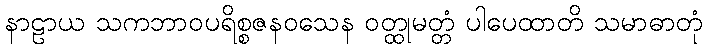
နာဠာယ သကဘာဝပရိစ္စဇနဝသေန ဝတ္ထုမတ္တံ ပါပေထာတိ သမာဓာတုံ